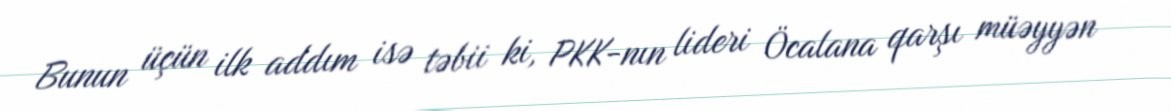
Bunun üçün ilk addım isə təbii ki, PKK-nın lideri Öcalana qarşı müəyyən